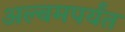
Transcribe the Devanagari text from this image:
अल्बमपर्यंत